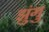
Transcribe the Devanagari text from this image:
झुंगु